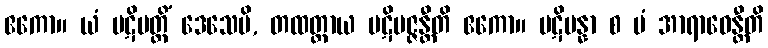
ဧကော။ ယံ ပဋိပတ္တိံ ဒေသေမိ, တထတ္တာယ ပဋိပဇ္ဇန္တီတိ ဧကော။ ပဋိပန္နာ စ မံ အာရာဓေန္တီတိ